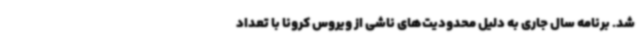
شد. برنامه سال جاری به دلیل محدودیت‌های ناشی از ویروس کرونا با تعداد